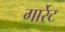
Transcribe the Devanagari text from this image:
गार्रेट